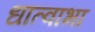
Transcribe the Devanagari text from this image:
धात्वाभा